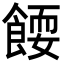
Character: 𬲗